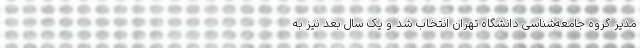
مدیر گروه جامعه‌شناسی دانشگاه تهران انتخاب شد و یک سال بعد نیز به